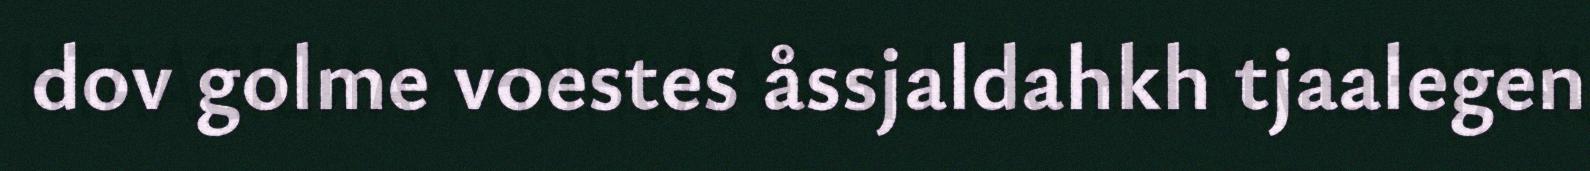
dov golme voestes åssjaldahkh tjaalegen